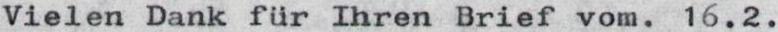
Vielen Dank fur Ihren Brief vom. 16.2.